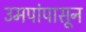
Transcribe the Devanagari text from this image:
उमपांपासून